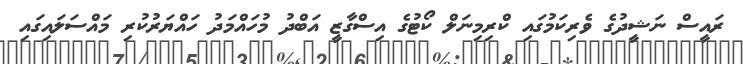
ރައީސް ނަޝީދުގެ ވެރިކަމުގައި ކްރިމިނަލް ކޯޓުގެ އިސްގާޒީ އަބްދު މުހައްމަދު ހައްޔަރުކުރި މައްސަލައިގައި